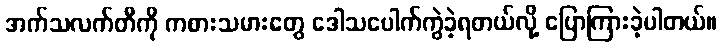
အက်သလက်တီကို ကစားသမားတွေ ဒေါသပေါက်ကွဲခဲ့ရတယ်လို့ ပြောကြားခဲ့ပါတယ်။